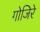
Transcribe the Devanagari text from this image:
गोजिरे